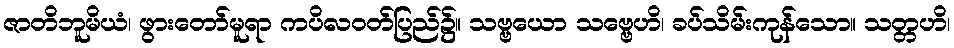
ဇာတိဘူမိယံ၊ ဖွားတော်မူရာ ကပိလဝတ်ပြည်၌။ သဗ္ဗယော သဗ္ဗေဟိ၊ ခပ်သိမ်းကုန်သော။ သတ္တဟိ၊